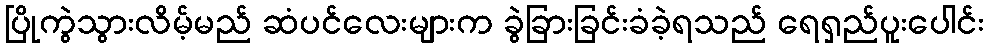
ပြိုကွဲသွားလိမ့်မည် ဆံပင်လေးများက ခွဲခြားခြင်းခံခဲ့ရသည် ရေရှည်ပူးပေါင်း